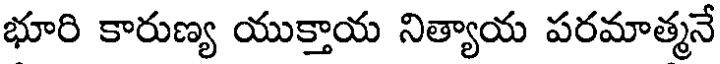
భూరి కారుణ్య యుక్తాయ నిత్యాయ పరమాత్మనే